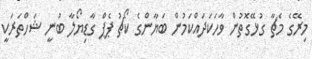
މިރޭގެ މެޗާ ގުޅޭގޮތުން ވާހަކަދައްކަމުން ބަޔާންގެ ކޯޗު ޕެޕް ގާޑިޔޯލާ ބުނީ ޝަހްތަރަކީ